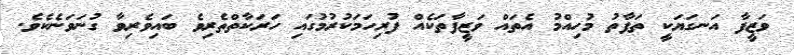
ވަޒީފާ އަނގަޔަކީ ތަފާތު މުހިއްމު އެތައް ވަޒީފާތަކެއް ފުރިހަމަކުރުމުގައި ހަރަކާތްތެރިވެ ބައިވެރިވާ ގުނަވަނެކެވެ.